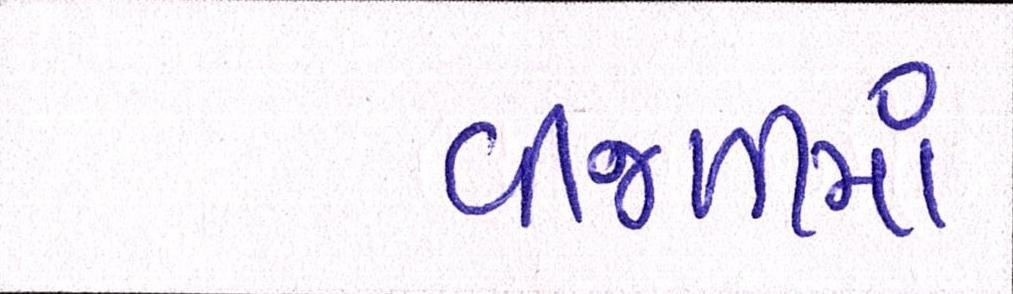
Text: વીજળીમાં